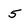
Character: 5